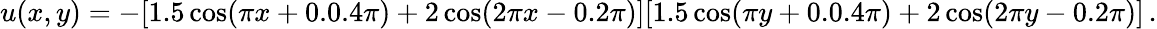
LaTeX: \begin{array}{r}{u(x,y)=-[1.5\cos(\pi x+0.0.4\pi)+2\cos(2\pi x-0.2\pi)][1.5\cos(\pi y+0.0.4\pi)+2\cos(2\pi y-0.2\pi)]\, .}\end{array}